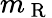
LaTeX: m_{\mathrm{~R~}}